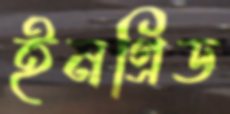
ইনগ্রিড